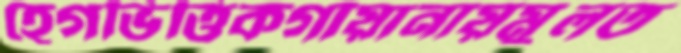
হেগভিত্তিকগায়ানায়মুলত